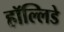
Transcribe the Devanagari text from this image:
हॉल्लिडे